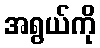
အရွယ်ကို